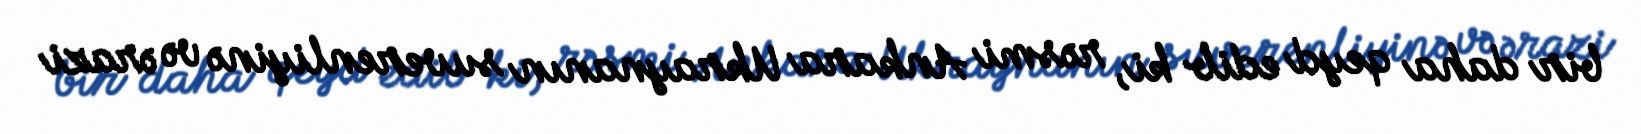
bir daha qeyd edib ki, rəsmi Ankara Ukraynanın suverenliyinə və ərazi